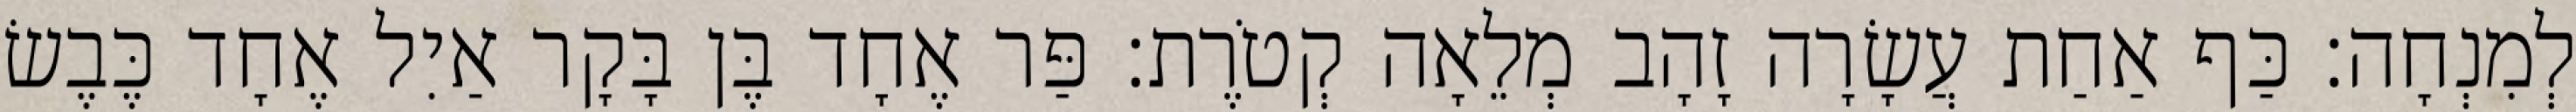
לְמִנְחָה׃ כַּף אַחַת עֲשָׂרָה זָהָב מְלֵאָה קְטֹרֶת׃ פַּר אֶחָד בֶּן בָּקָר אַיִל אֶחָד כֶּבֶשׂ